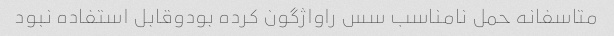
متاسفانه حمل نامناسب سس راواژگون کرده بودوقابل استفاده نبود